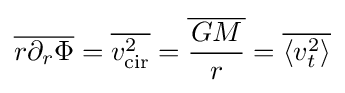
{\overline {r\partial _{r}\Phi }}={\overline {v_{\text{cir}}^{2}}}={\overline {GM \over r}}={\overline {\langle v_{t}^{2}\rangle }}